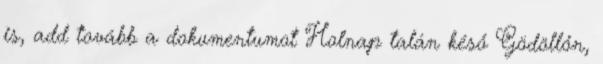
is, add tovább a dokumentumot Holnap talán késő Gödöllőn,